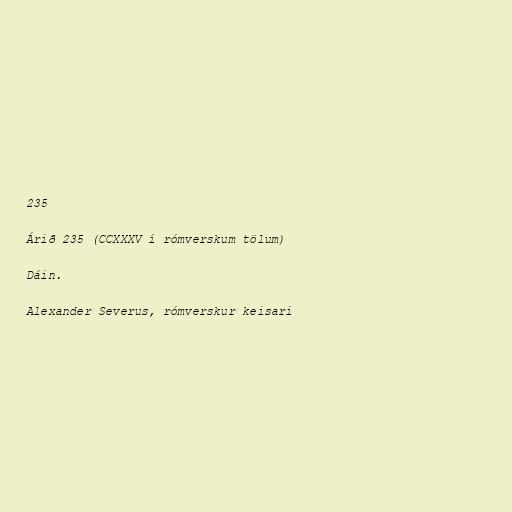
235

Árið 235 (CCXXXV í rómverskum tölum)

Dáin.

Alexander Severus, rómverskur keisari